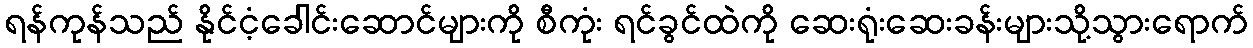
ရန်ကုန်သည် နိုင်ငံ့ခေါင်းဆောင်များကို စီကုံး ရင်ခွင်ထဲကို ဆေးရုံးဆေးခန်းများသို့သွားရောက်